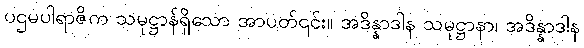
ပဌမပါရာဇိက သမုဋ္ဌာန်ရှိသော အာပတ်၎င်း။ အဒိန္နာဒါန သမုဋ္ဌာနာ၊ အဒိန္နာဒါန